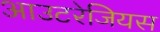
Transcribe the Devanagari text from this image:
आउटरेजियस